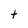
Character: t